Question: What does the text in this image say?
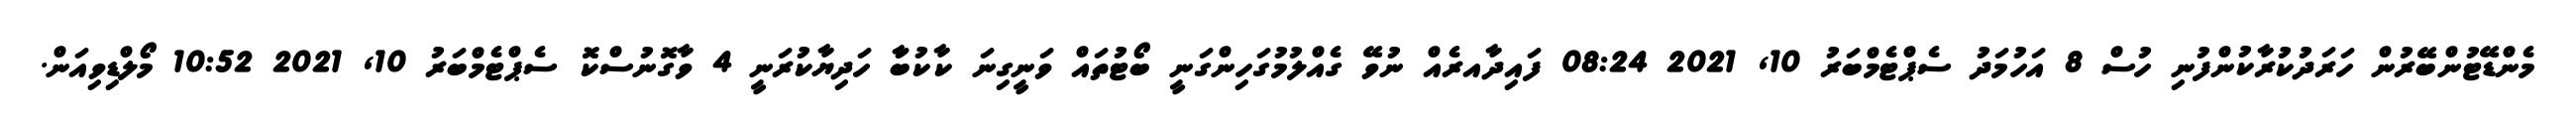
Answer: މެންޑޭޓުންބޭރުން ހަރަދުކުރާކުންފުނި ހުސް 8 އަހުމަދު ސެޕްޓެމްބަރު 10, 2021 08:24 ފައިދާއރެއް ނުވޭ ގެއްލުމުގަހިންގަނީ ބޯޓުތައް ވަނީގިނަ ކާކުބަާ ހަދިޔާކުރަނީ 4 ވާގޮނުސްކޮ ސެޕްޓެމްބަރު 10, 2021 10:52 މޯލްޑިވިއަން.